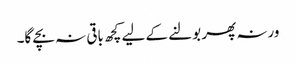
ورنہ پھر بولنے کے لیے کچھ باقی نہ بچے گا۔